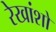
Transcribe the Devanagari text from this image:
रेखांशो